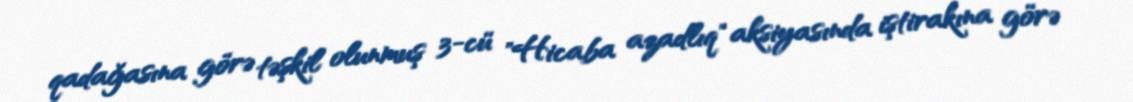
qadağasına görə təşkil olunmuş 3-cü "Hicaba azadlıq" aksiyasında iştirakına görə